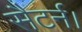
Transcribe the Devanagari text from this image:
सैटर्न।